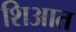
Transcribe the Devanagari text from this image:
शिआत